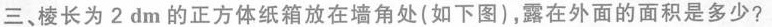
三、棱长为2dm的正方体纸箱放在墙角处(如下图)，露在外面的面积是多少?